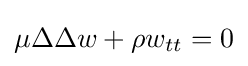
\mu \Delta \Delta w+\rho w_{tt}=0